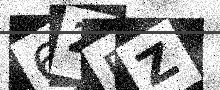
Text: 62RZ